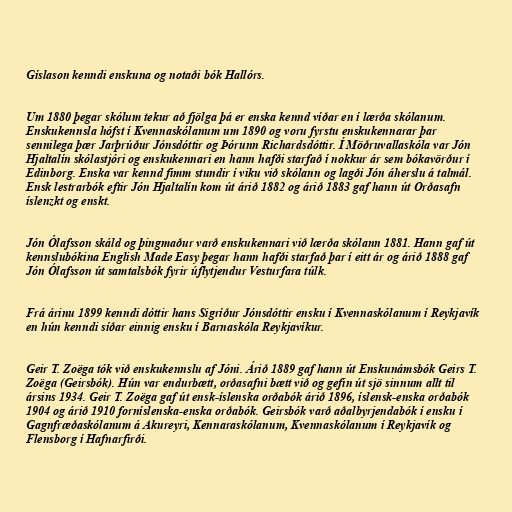
Gíslason kenndi enskuna og notaði bók Hallórs.

Um 1880 þegar skólum tekur að fjölga þá er enska kennd víðar en í lærða skólanum.
Enskukennsla hófst í Kvennaskólanum um 1890 og voru fyrstu enskukennarar þar
sennilega þær Jarþrúður Jónsdóttir og Þórunn Richardsdóttir. Í Möðruvallaskóla var Jón
Hjaltalín skólastjóri og enskukennari en hann hafði starfað í nokkur ár sem bókavörður í
Edinborg. Enska var kennd fimm stundir í viku við skólann og lagði Jón áherslu á talmál.
Ensk lestrarbók eftir Jón Hjaltalín kom út árið 1882 og árið 1883 gaf hann út Orðasafn
íslenzkt og enskt.

Jón Ólafsson skáld og þingmaður varð enskukennari við lærða skólann 1881. Hann gaf út
kennslubókina English Made Easy þegar hann hafði starfað þar í eitt ár og árið 1888 gaf
Jón Ólafsson út samtalsbók fyrir úflytjendur Vesturfara túlk.

Frá árinu 1899 kenndi dóttir hans Sigríður Jónsdóttir ensku í Kvennaskólanum í Reykjavík
en hún kenndi síðar einnig ensku í Barnaskóla Reykjavíkur.

Geir T. Zoëga tók við enskukennslu af Jóni. Árið 1889 gaf hann út Enskunámsbók Geirs T.
Zoëga (Geirsbók). Hún var endurbætt, orðasafni bætt við og gefin út sjö sinnum allt til
ársins 1934. Geir T. Zoëga gaf út ensk-íslenska orðabók árið 1896, íslensk-enska orðabók
1904 og árið 1910 forníslenska-enska orðabók. Geirsbók varð aðalbyrjendabók í ensku í
Gagnfræðaskólanum á Akureyri, Kennaraskólanum, Kvennaskólanum í Reykjavík og
Flensborg í Hafnarfirði.